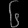
Digit: ၆